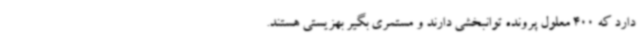
دارد که 400 معلول پرونده توانبخشی دارند و مستمری بگیر بهزیستی هستند.